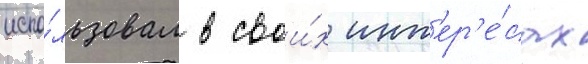
испо́льзовал в свои́х инт'ер'е́сах